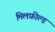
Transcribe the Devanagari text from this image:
मिलफ़ील्ड